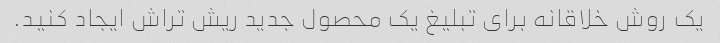
یک روش خلاقانه برای تبلیغ یک محصول جدید ریش تراش ایجاد کنید.